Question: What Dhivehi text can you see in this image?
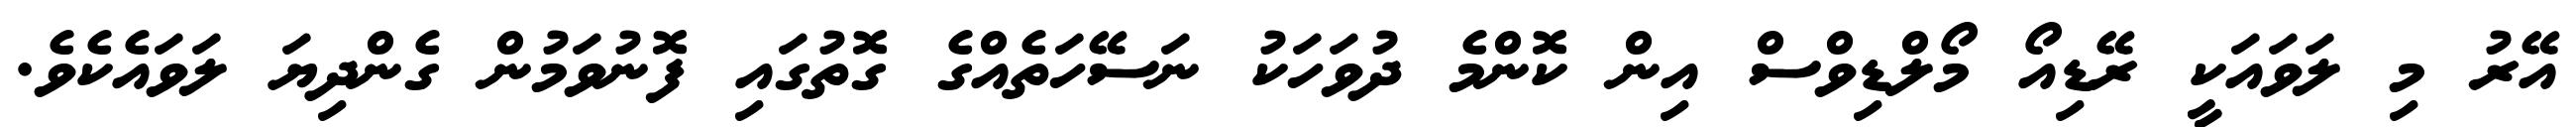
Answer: އޭރު މި ލަވައަކީ ރޭޑިއޯ މޯލްޑިވްސް އިން ކޮންމެ ދުވަހަކު ނަސޭހަތެއްގެ ގޮތުގައި ފޮނުވަމުން ގެންދިޔަ ލަވައެކެވެ.